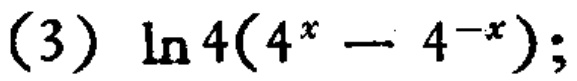
(3) \(\ln 4(4^{x}-4^{-x})\);